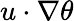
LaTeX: u\cdot\nabla\theta